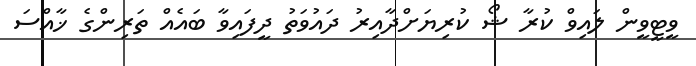
ވީޓީވީން ލައިވް ކުރާ ޝޯ ކުރިޔަށްދާއިރު ދައުވަތު ދީފައިވާ ބައެއް ތަރިންގެ ޚާއްސަ